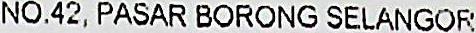
NO.42, PASAR BORONG SELANGOR